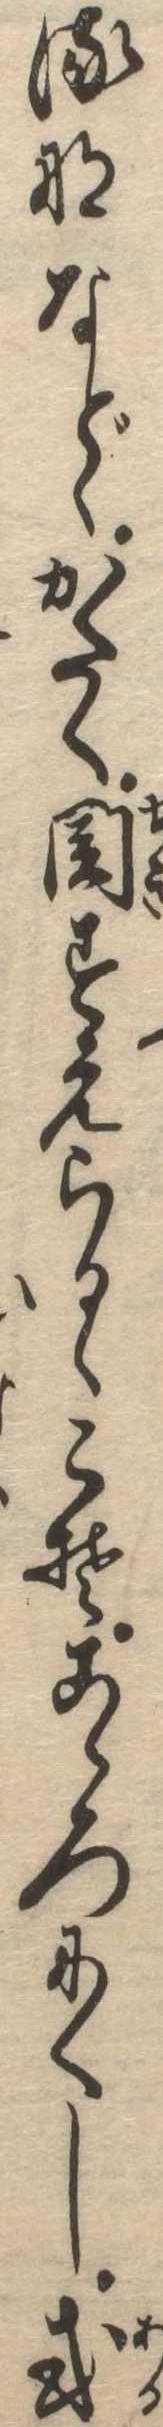
るななどゝかたく関すえらるゝこそこゝろにくし或